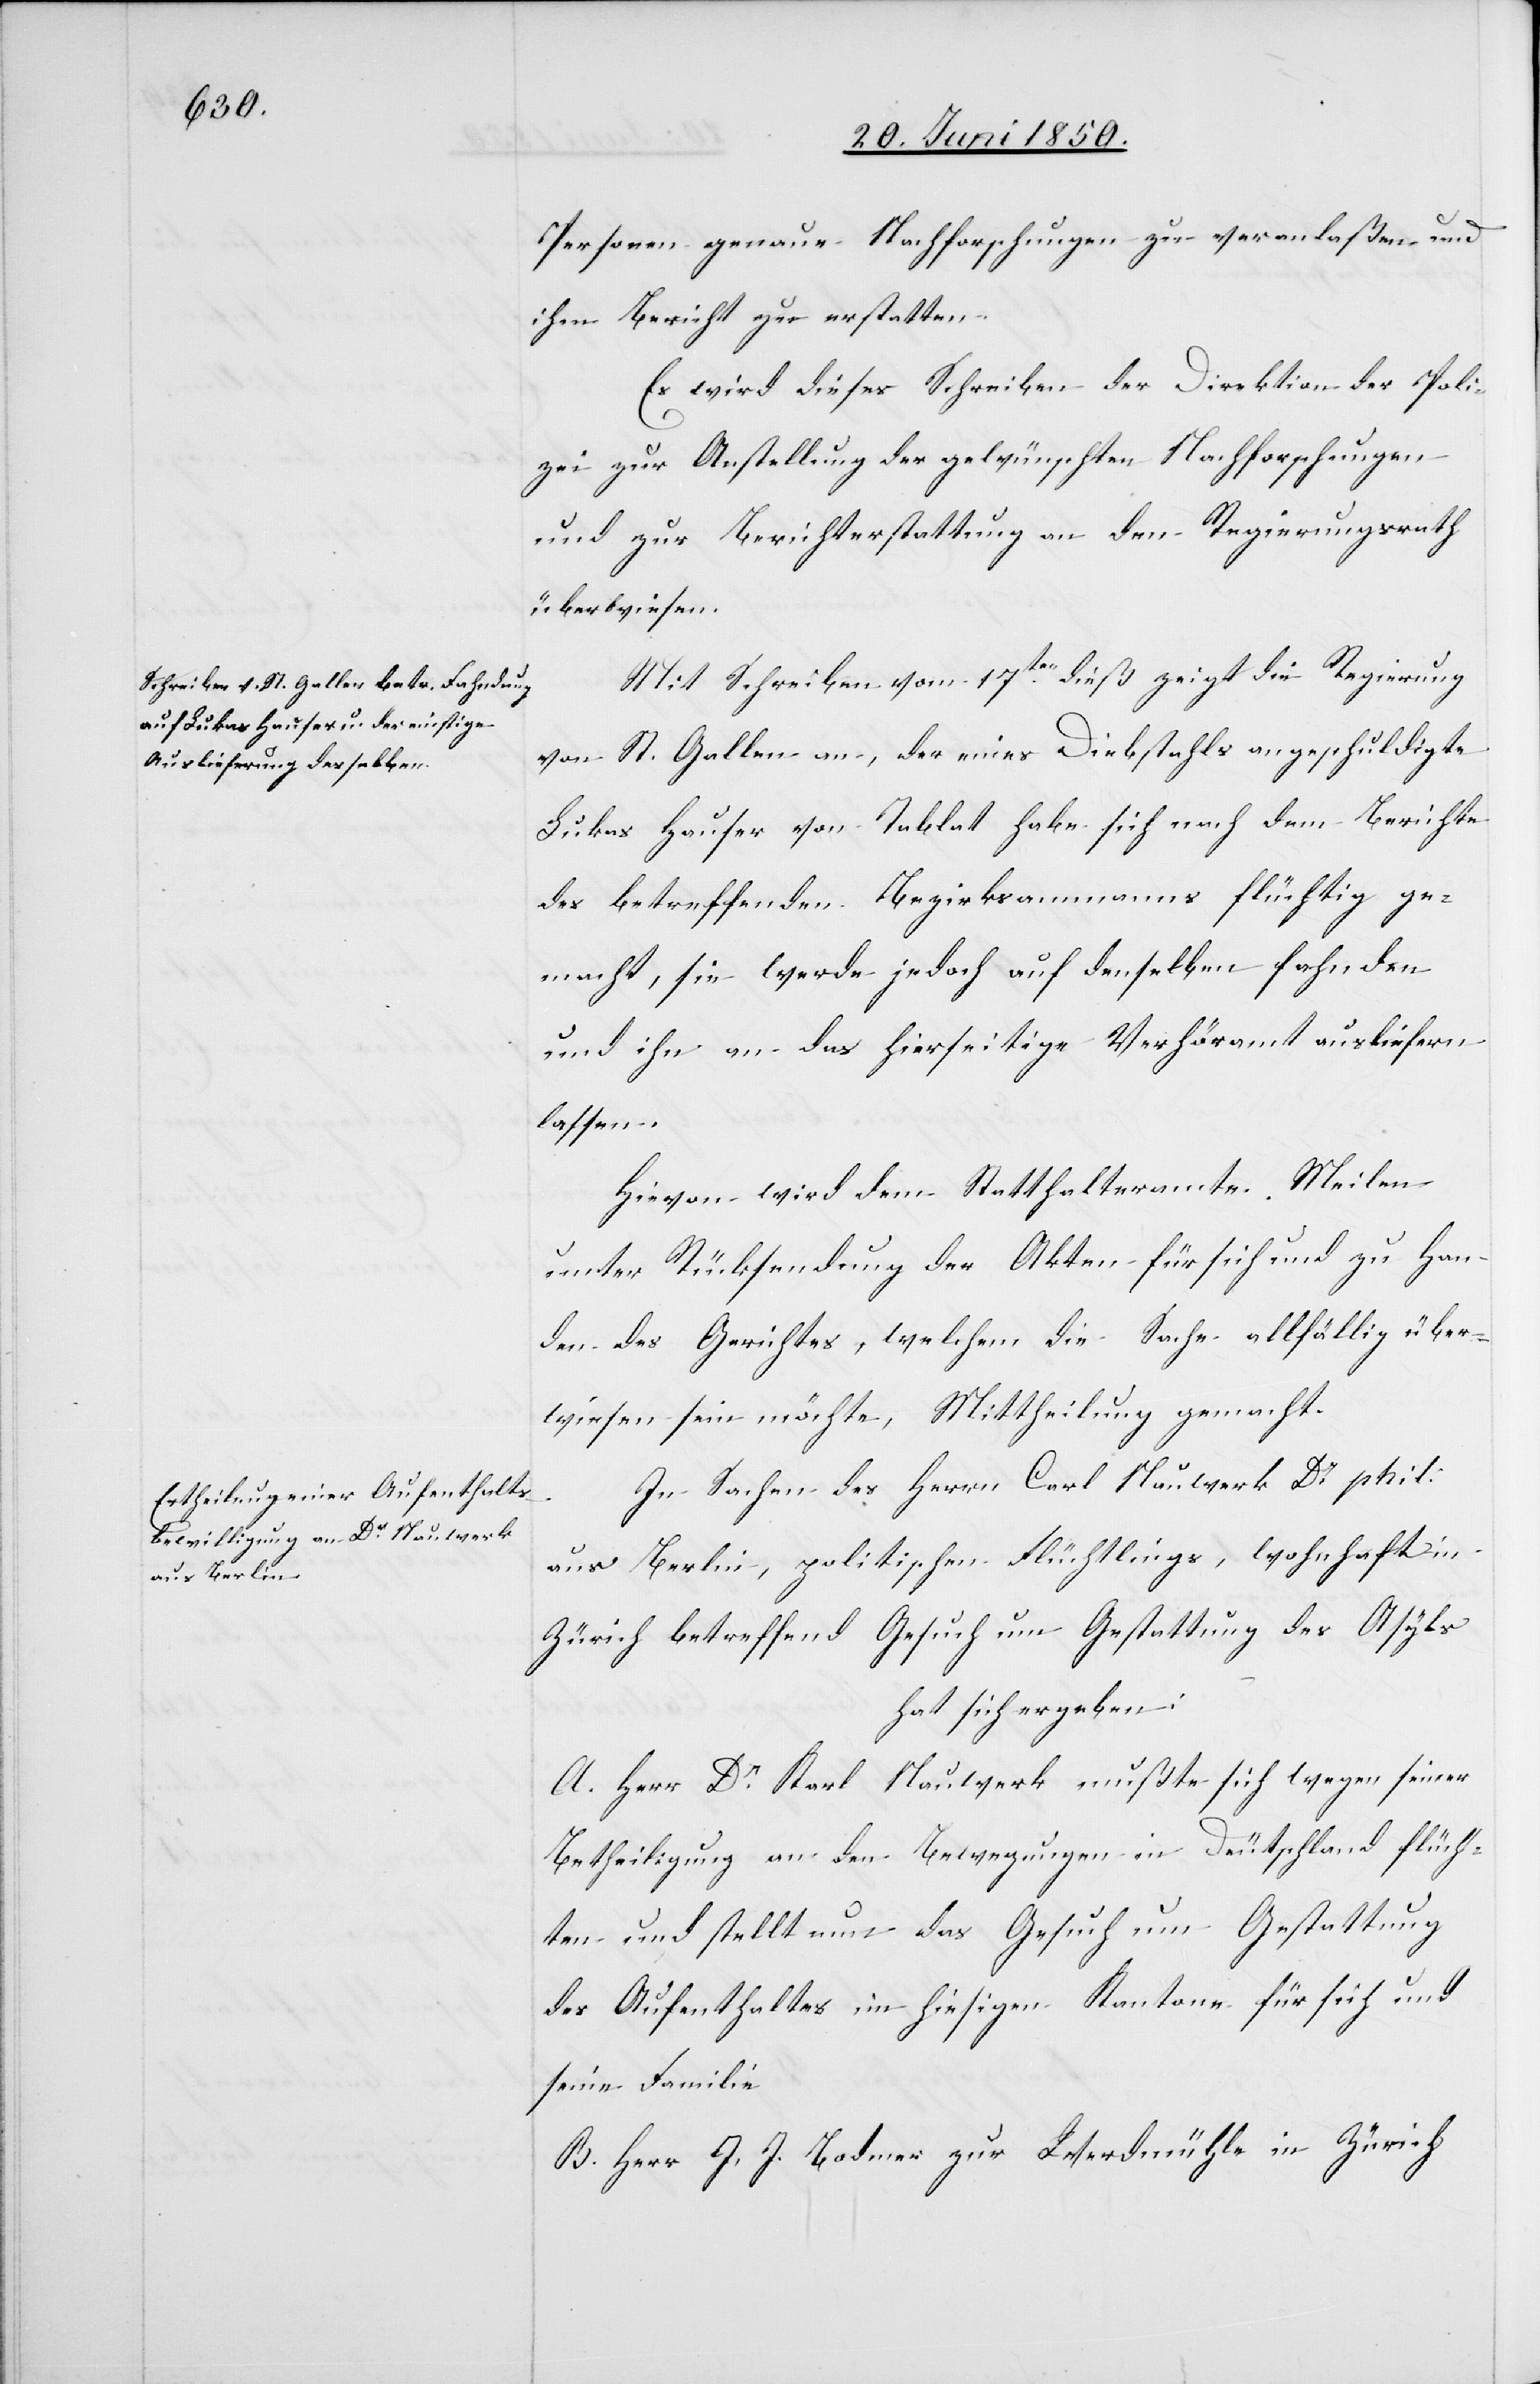
Personen genaue Nachforschungen zu veranlaßen und
ihm Bericht zu erstatten.
Es wird dieses Schreiben der Direktion der Poli¬
zei zur Anstellung der gewünschten Nachforschungen
und zur Berichterstattung an den Regierungsrath
überwiesen.
Mit Schreiben vom 17ten dieß zeigt die Regierung
von St. Gallen an, der eines Diebstahls angeschuldigte
Lukas Hauser von Tablat habe sich nach dem Berichte
des betreffenden Bezirksammanns flüchtig ge¬
macht, sie werde jedoch auf denselben fahnden
und ihn an das hierseitige Verhöramt ausliefern
lassen.
Hievon wird dem Statthalteramte Meilen
unter Rücksendung der Akten für sich und zu Han¬
den des Gerichtes, welchem die Sache allfällig über¬
wiesen sein möchte, Mittheilung gemacht.
In Sachen des Herrn Carl Nauwerk Dr phil.
aus Berlin, politischen Flüchtlings, wohnhaft in
Zürich betreffend Gesuch um Gestattung des Asyls
hat sich ergeben:
A. Herr Dr Karl Nauwerk mußte sich wegen seiner
Betheiligung an den Bewegungen in Deutschland flüch¬
ten und stellt nun das Gesuch um Gestattung
des Aufenthaltes im hiesigen Kantone für sich und
seine Familie.
B. Herr J. J. Bodmer zur Werdmühle in Zürich